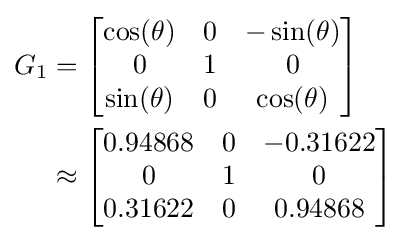
{\begin{aligned}G_{1}&={\begin{bmatrix}\cos(\theta )&0&-\sin(\theta )\\0&1&0\\\sin(\theta )&0&\cos(\theta )\end{bmatrix}}\\&\approx {\begin{bmatrix}0.94868&0&-0.31622\\0&1&0\\0.31622&0&0.94868\end{bmatrix}}\end{aligned}}